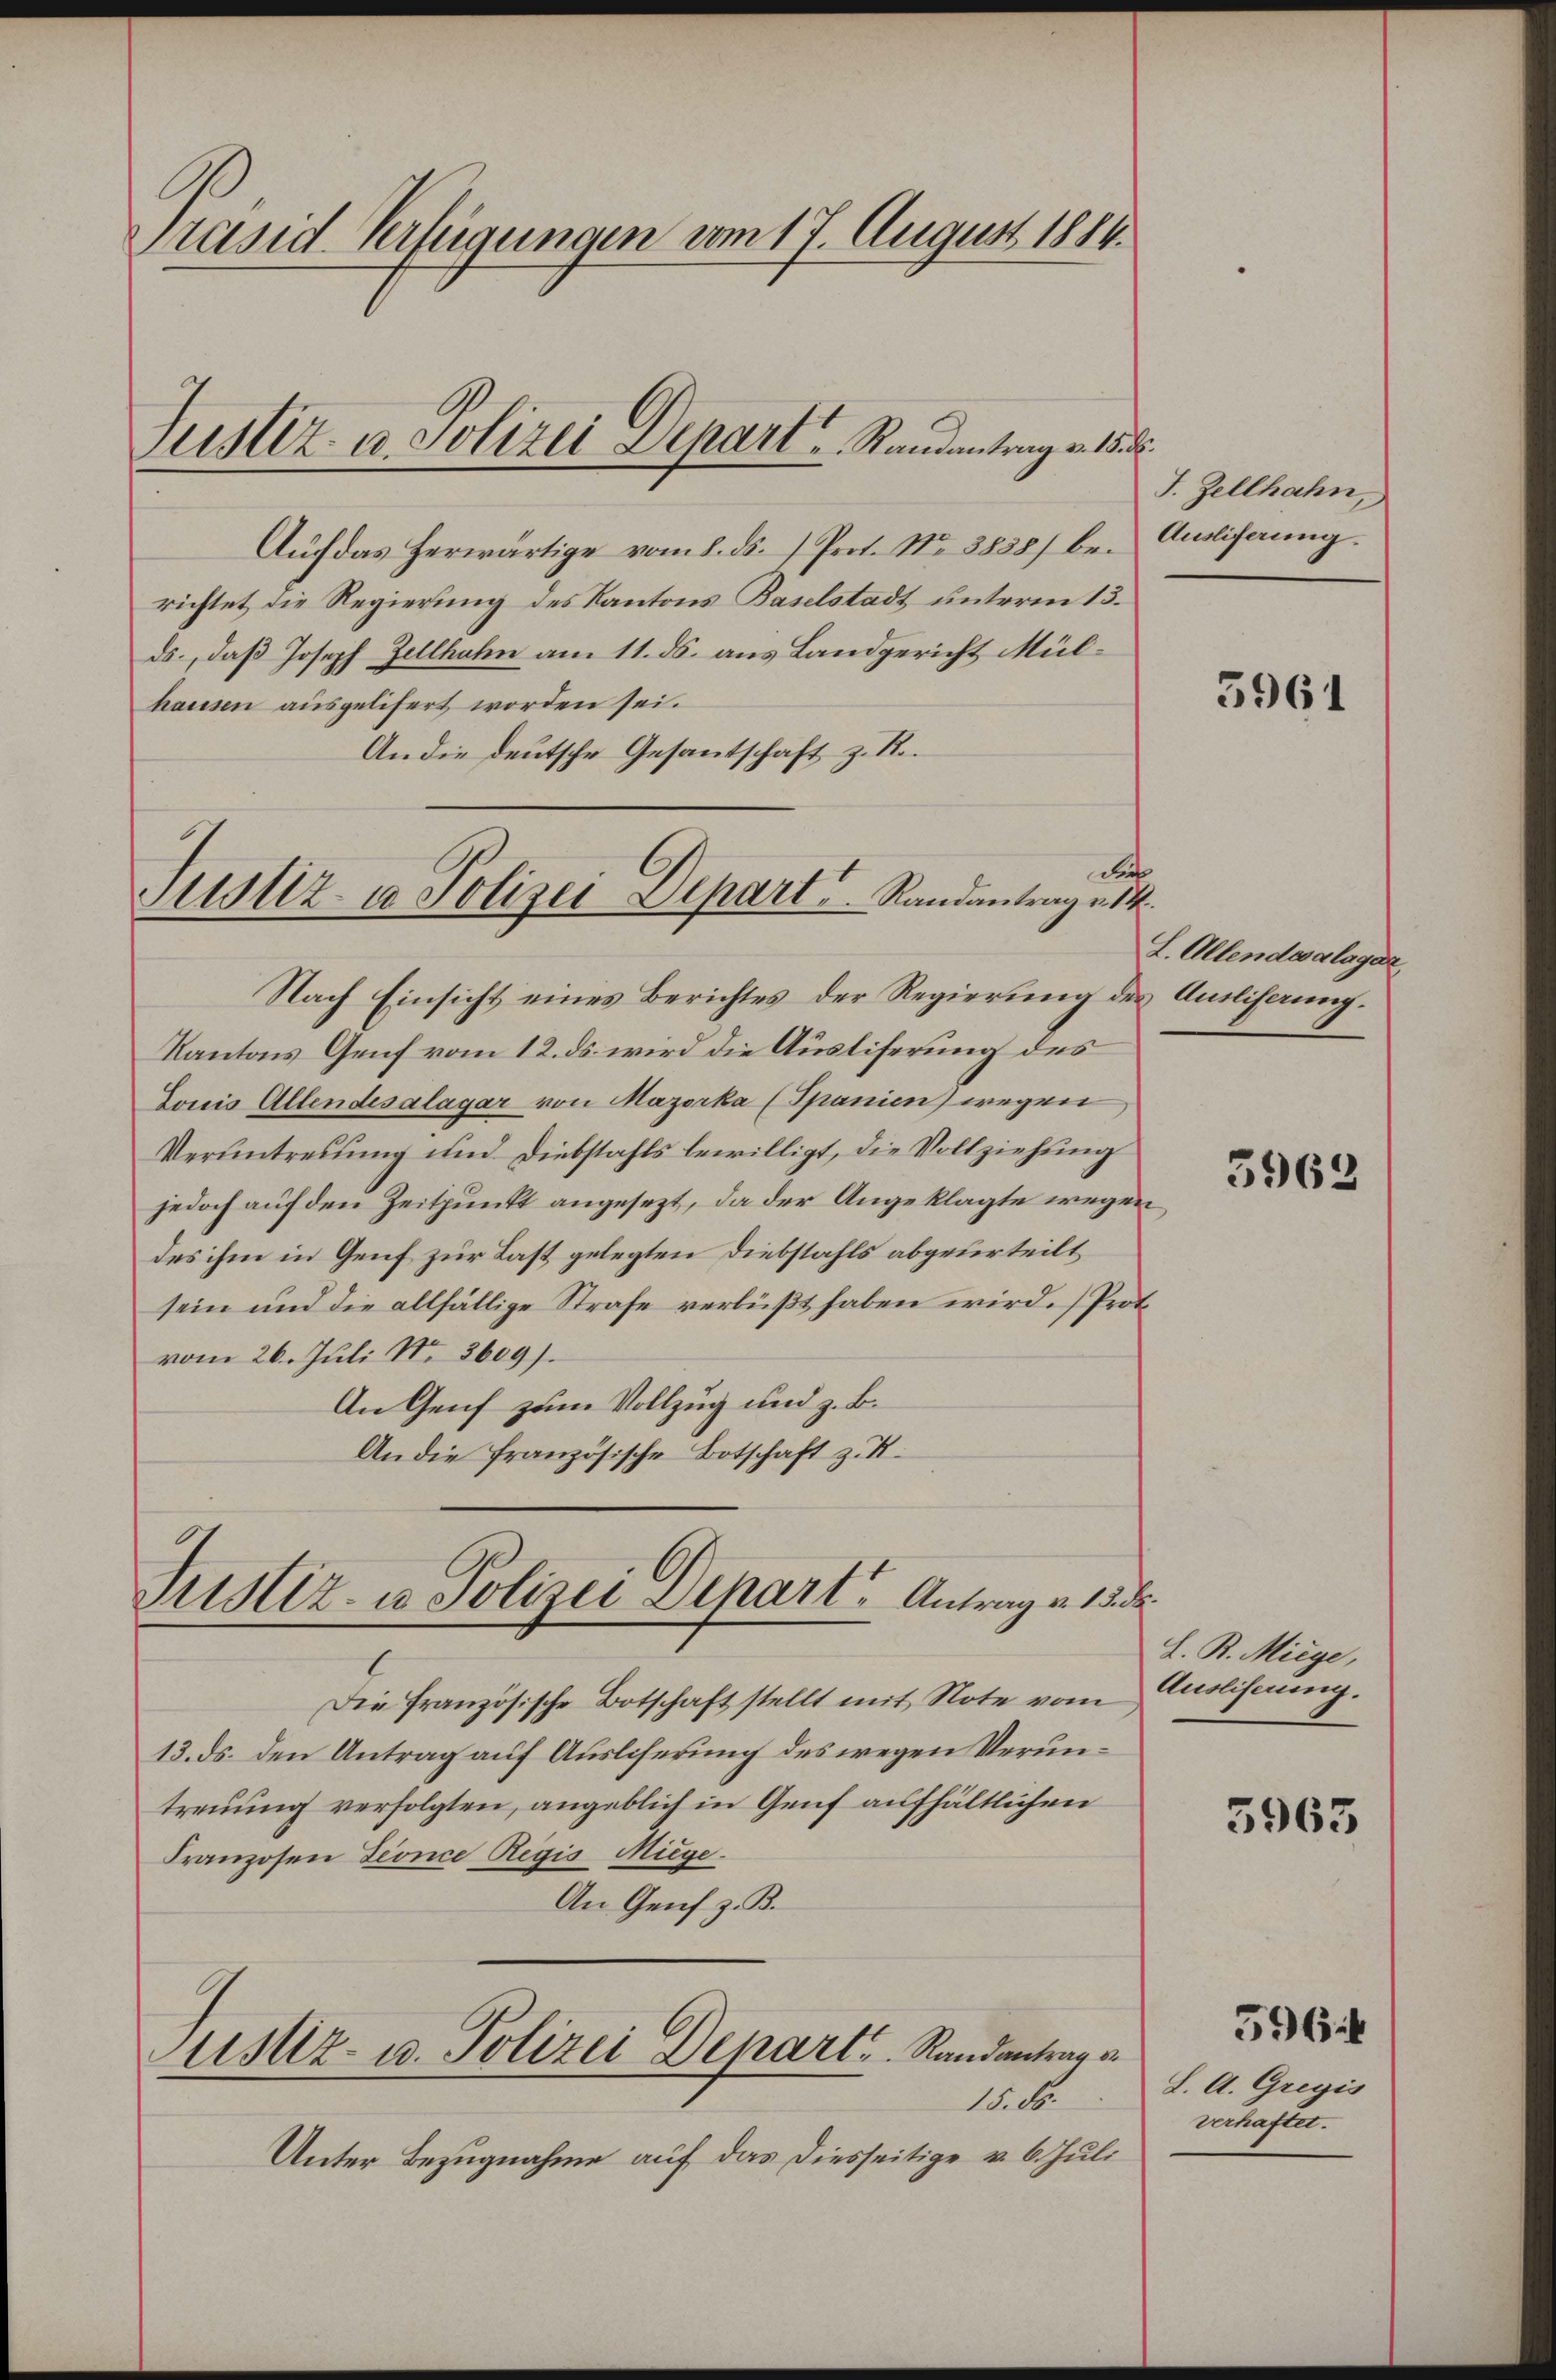
Präsid. Verfügungen vom 17. August 1884.

Justiz- u. Polizei Depart Randantrag v. 15.

Auf das herwärtige vom 8. ds. 1 Prot. No. 3838) berichtet die Regierung des Kantons Baselstadt unterm 13.
ds., daß Joseph Zellhahn am 11. ds. aus Landgericht Mülhausen ausgelifert worden sei.
An die deutsche Gesantschaft z. R.
de
Nach Einsicht eines Berichtes der Regierung der Anliferung.
Kantons Genf vom 12. ds. wird die Ausliferung des
Sonis Allendesalagar von Mazerka (Spanien) wegen
Verantretung und Diebstahls bewilligt, die Vollziehung
jedoch auf den Zeitpunkt angesezt, da der Angeklagte wegen
des ihm in Genf zur Last gelegten Diebstahls abgelerteilt
sein und die allfällige Strafe verbüßt haben wird. Protvom 26. Juli Nr. 8609).
An Genf zum Vollzug und z. B.
An die französische Botschaft z. B.

Justiz- u Polizei-Depart u. Randantrag u. 14.

Justiz- u. Polizei Depart. Antrag v. 15. d.

Die Französische Botschaft stellt mit Note vom Auslieferung.
13. ds. den Antrag auf Ausliferung des wegen Veruntreuung verfolgten, angeblich in Genf aufhältlichen
Franzosen Geonce Regis Miege.
An Genf z. B.
ustiz- u. Polizei Depart. Randantrag a
15. ds.
Unter Bezugnahme auf das diesseitige v. 6. Juli

I. Zellhahn,
Ausliferung

3961

L. Allendesalager

3962

L. B. Miege,

5965

L. A. Gregis
verhaftet.

596 f